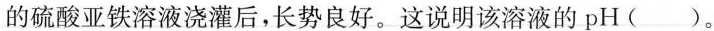
的硫酸亚铁溶液浇灌后，长势良好。这说明该溶液的pH()。